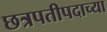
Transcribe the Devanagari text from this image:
छत्रपतीपदाच्या